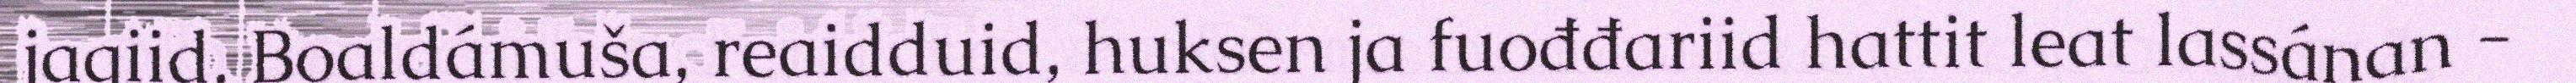
jagiid. Boaldámuša, reaidduid, huksen ja fuođđariid hattit leat lassánan -